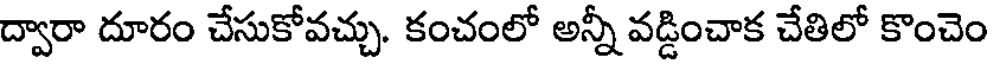
ద్వారా దూరం చేసుకోవచ్చు. కంచంలో అన్నీ వడ్డించాక చేతిలో కొంచెం